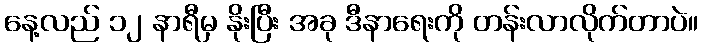
နေ့လည် ၁၂ နာရီမှ နိုးပြီး အခု ဒီနာရေးကို တန်းလာလိုက်တာပဲ။